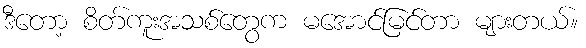
ဒီတော့ စိတ်ကူးအသစ်တွေက မအောင်မြင်တာ များတယ်။